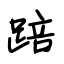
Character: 踣